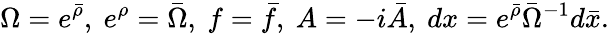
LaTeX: \Omega=e^{\bar{\rho}},\ e^{\rho}=\bar{\Omega},\ f=\bar{f},\ A=-i\bar{A},\ dx=e^{\bar{\rho}}\bar{\Omega}^{-1}d\bar{x}.